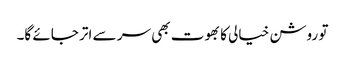
تو روشن خیالی کا بھوت بھی سر سے اتر جائے گا۔